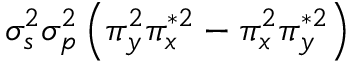
\sigma _ { s } ^ { 2 } \sigma _ { p } ^ { 2 } \left( \pi _ { y } ^ { 2 } \pi _ { x } ^ { * 2 } - \pi _ { x } ^ { 2 } \pi _ { y } ^ { * 2 } \right)